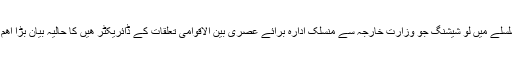
اس سلسلے میں لو شیشنگ جو وزارت خارجہ سے منسلک ادارہ برائے عصری بین الاقوامی تعلقات کے ڈائریکٹر ھیں کا حالیہ بیان بڑا اھم ھے۔